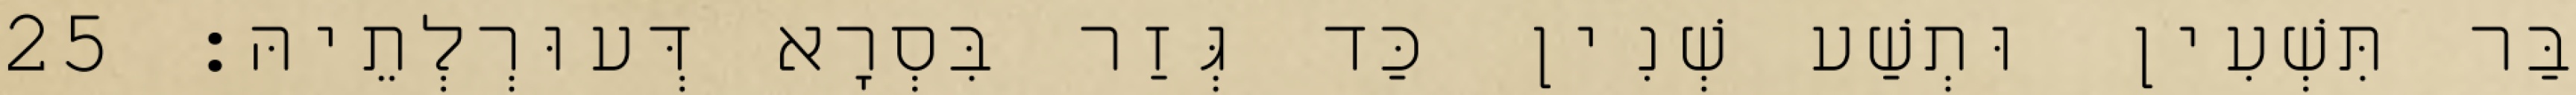
בַּר תִּשְׁעִין וּתְשַׁע שְׁנִין כַּד גְּזַר בִּסְרָא דְּעוּרְלְתֵיהּ׃ 25